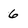
Character: 6